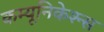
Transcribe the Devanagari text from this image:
कम्यूनिकेश्न्स